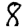
Digit: 8